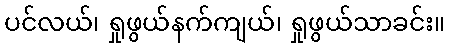
ပင်လယ်၊ ရှုဖွယ်နက်ကျယ်၊ ရှုဖွယ်သာခင်း။